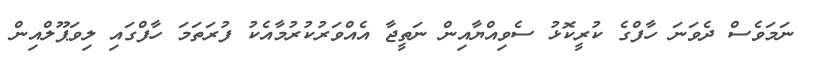
ނަމަވެސް ދެވަނަ ހާފްގެ ކުރީކޮޅު ސެވިއްޔާއިން ނަތީޖާ އެއްވަރުކުރުމާއެކު ފުރަތަމަ ހާފްގައި ލިވަޕޫލްއިން